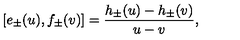
[ e _ { \pm } ( u ) , f _ { \pm } ( v ) ] = \frac { h _ { \pm } ( u ) - h _ { \pm } ( v ) } { u - v } ,